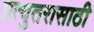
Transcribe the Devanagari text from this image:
प्रत्युतरासाठी